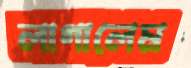
লাগালেম